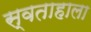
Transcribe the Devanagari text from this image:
स्वताहाला